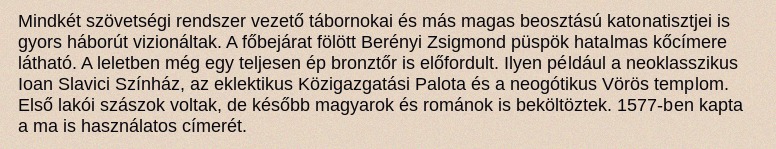
Mindkét szövetségi rendszer vezető tábornokai és más magas beosztású katonatisztjei is gyors háborút vizionáltak. A főbejárat fölött Berényi Zsigmond püspök hatalmas kőcímere látható. A leletben még egy teljesen ép bronztőr is előfordult. Ilyen például a neoklasszikus Ioan Slavici Színház, az eklektikus Közigazgatási Palota és a neogótikus Vörös templom. Első lakói szászok voltak, de később magyarok és románok is beköltöztek. 1577-ben kapta a ma is használatos címerét.